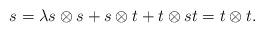
LaTeX: \begin{gather*}s = \lambda s\otimes s + s\otimes t + t\otimes s t = t \otimes t .\end{gather*}